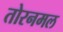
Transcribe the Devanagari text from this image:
तोरनमल